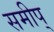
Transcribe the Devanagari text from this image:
समीप्